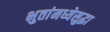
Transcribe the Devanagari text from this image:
भुतांमध्येसुद्धा